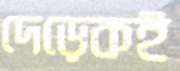
দেড়েকই